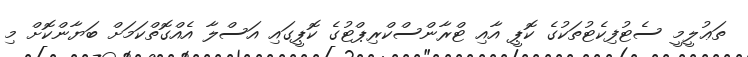
ތަޢުލީމީ ސެޓުފިކެޓުތަކުގެ ކޮޕީ އާއި ޓްރާންސްކްރިޕްޓުގެ ކޮޕީގައި އަސްލާ އެއްގޮތްކަމަށް ބަޔާންކޮށް މި